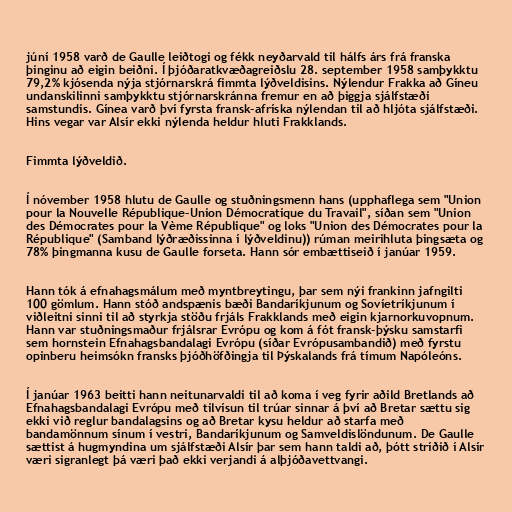
júní 1958 varð de Gaulle leiðtogi og fékk neyðarvald til hálfs árs frá franska
þinginu að eigin beiðni. Í þjóðaratkvæðagreiðslu 28. september 1958 samþykktu
79,2% kjósenda nýja stjórnarskrá fimmta lýðveldisins. Nýlendur Frakka að Gíneu
undanskilinni samþykktu stjórnarskránna fremur en að þiggja sjálfstæði
samstundis. Gínea varð því fyrsta fransk-afríska nýlendan til að hljóta sjálfstæði.
Hins vegar var Alsír ekki nýlenda heldur hluti Frakklands.

Fimmta lýðveldið.

Í nóvember 1958 hlutu de Gaulle og stuðningsmenn hans (upphaflega sem "Union
pour la Nouvelle République-Union Démocratique du Travail", síðan sem "Union
des Démocrates pour la Vème République" og loks "Union des Démocrates pour la
République" (Samband lýðræðissinna í lýðveldinu)) rúman meirihluta þingsæta og
78% þingmanna kusu de Gaulle forseta. Hann sór embættiseið í janúar 1959.

Hann tók á efnahagsmálum með myntbreytingu, þar sem nýi frankinn jafngilti
100 gömlum. Hann stóð andspænis bæði Bandaríkjunum og Sovíetríkjunum í
viðleitni sinni til að styrkja stöðu frjáls Frakklands með eigin kjarnorkuvopnum.
Hann var stuðningsmaður frjálsrar Evrópu og kom á fót fransk-þýsku samstarfi
sem hornstein Efnahagsbandalagi Evrópu (síðar Evrópusambandið) með fyrstu
opinberu heimsókn fransks þjóðhöfðingja til Þýskalands frá tímum Napóleóns.

Í janúar 1963 beitti hann neitunarvaldi til að koma í veg fyrir aðild Bretlands að
Efnahagsbandalagi Evrópu með tilvísun til trúar sinnar á því að Bretar sættu sig
ekki við reglur bandalagsins og að Bretar kysu heldur að starfa með
bandamönnum sínum í vestri, Bandaríkjunum og Samveldislöndunum. De Gaulle
sættist á hugmyndina um sjálfstæði Alsír þar sem hann taldi að, þótt stríðið í Alsír
væri sigranlegt þá væri það ekki verjandi á alþjóðavettvangi.